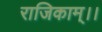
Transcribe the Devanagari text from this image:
राजिकाम्।।